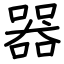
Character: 器